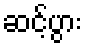
ဆင့်ပွား